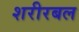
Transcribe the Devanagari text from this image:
शरीरबल